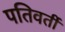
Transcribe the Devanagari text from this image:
पतिवर्ती